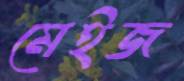
মেইজ